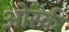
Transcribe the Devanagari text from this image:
ओर्स्क